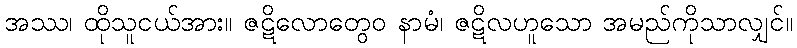
အဿ၊ ထိုသူငယ်အား။ ဇဋိလောတွေဝ နာမံ၊ ဇဋိလဟူသော အမည်ကိုသာလျှင်။